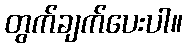
တွက်ချက်ပေးပါ။